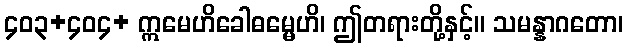
၄၀၃+၄၀၄+ ဣမေဟိခေါဓမ္မေဟိ၊ ဤတရားတို့နှင့်။ သမန္နာဂတော၊